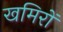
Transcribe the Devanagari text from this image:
खमिरों